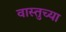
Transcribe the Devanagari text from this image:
वास्तुच्या